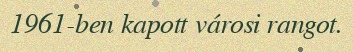
1961-ben kapott városi rangot.